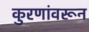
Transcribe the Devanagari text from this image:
कुरणांवरून